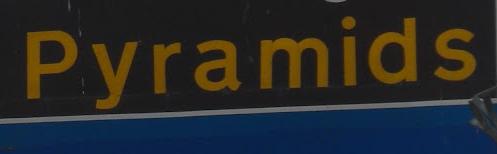
pyramids